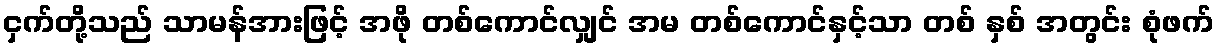
ငှက်တို့သည် သာမန်အားဖြင့် အဖို တစ်ကောင်လျှင် အမ တစ်ကောင်နှင့်သာ တစ် နှစ် အတွင်း စုံဖက်